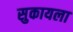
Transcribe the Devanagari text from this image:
सुकायला